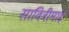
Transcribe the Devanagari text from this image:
सावित्रीमाई